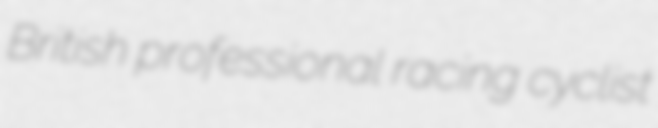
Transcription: British professional racing cyclist